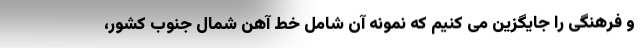
و فرهنگی را جایگزین می کنیم که نمونه آن شامل خط آهن شمال جنوب کشور،